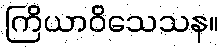
ကြိယာဝိသေသန။